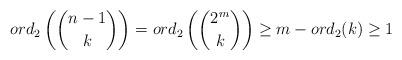
LaTeX: \begin{align*}ord_2\left(\binom{n-1}k\right)=ord_2\left(\binom{2^m}k\right)\geq m-ord_2(k)\geq1\end{align*}